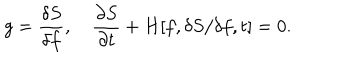
LaTeX: g = \frac { \delta S } { \delta f } , ~ \frac { \partial S } { \partial t } + H [ f , \delta S / \delta f , t ] = 0 .